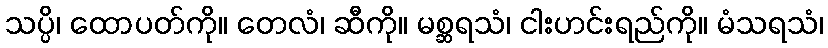
သပ္ပိ၊ ထောပတ်ကို။ တေလံ၊ ဆီကို။ မစ္ဆရသံ၊ ငါးဟင်းရည်ကို။ မံသရသံ၊